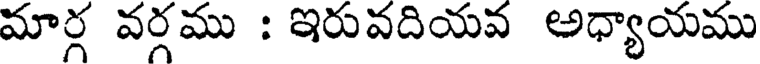
మార్గ వర్గము : ఇరువదియవ అధ్యాయము